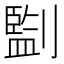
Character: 㔋